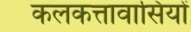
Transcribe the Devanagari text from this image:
कलकत्तावासियों